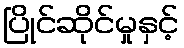
ပြိုင်ဆိုင်မှုနှင့်